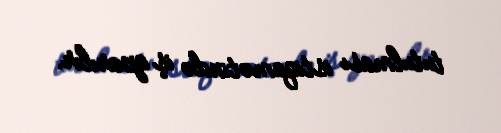
tutulması istiqamətində iş aparılır.